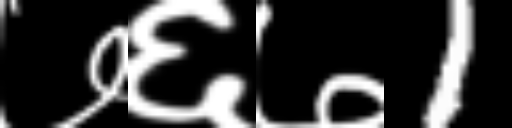
Text: ७६७1